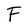
Character: F